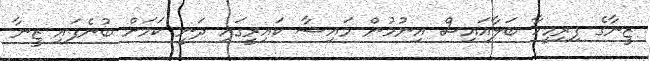
ޒީނާގެ ފިރިމީހާ ބަލާއައިސް އިނުމުން މައިޝާ ކައިރީގައި ދަނީ ކަމަށް ބުނެފައި ޒީނާ